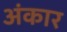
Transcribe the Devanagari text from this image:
अंकार